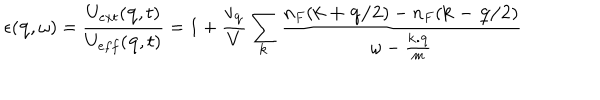
LaTeX: \epsilon ( { \bf { q } } , \omega ) = \frac { U _ { e x t } ( { \bf { q } } , t ) } { U _ { e f f } ( { \bf { q } } , t ) } = 1 + \frac { v _ { { \bf { q } } } } { V } \sum _ { { \bf { k } } } \frac { n _ { F } ( { \bf { k + q / 2 } } ) - n _ { F } ( { \bf { k - q / 2 } } ) } { \omega - \frac { { \bf { k . q } } } { m } }